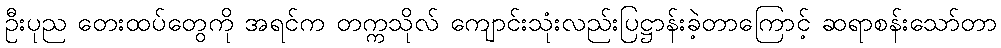
ဦးပုည တေးထပ်တွေကို အရင်က တက္ကသိုလ် ကျောင်းသုံးလည်းပြဋ္ဌာန်းခဲ့တာကြောင့် ဆရာစန်းသော်တာ